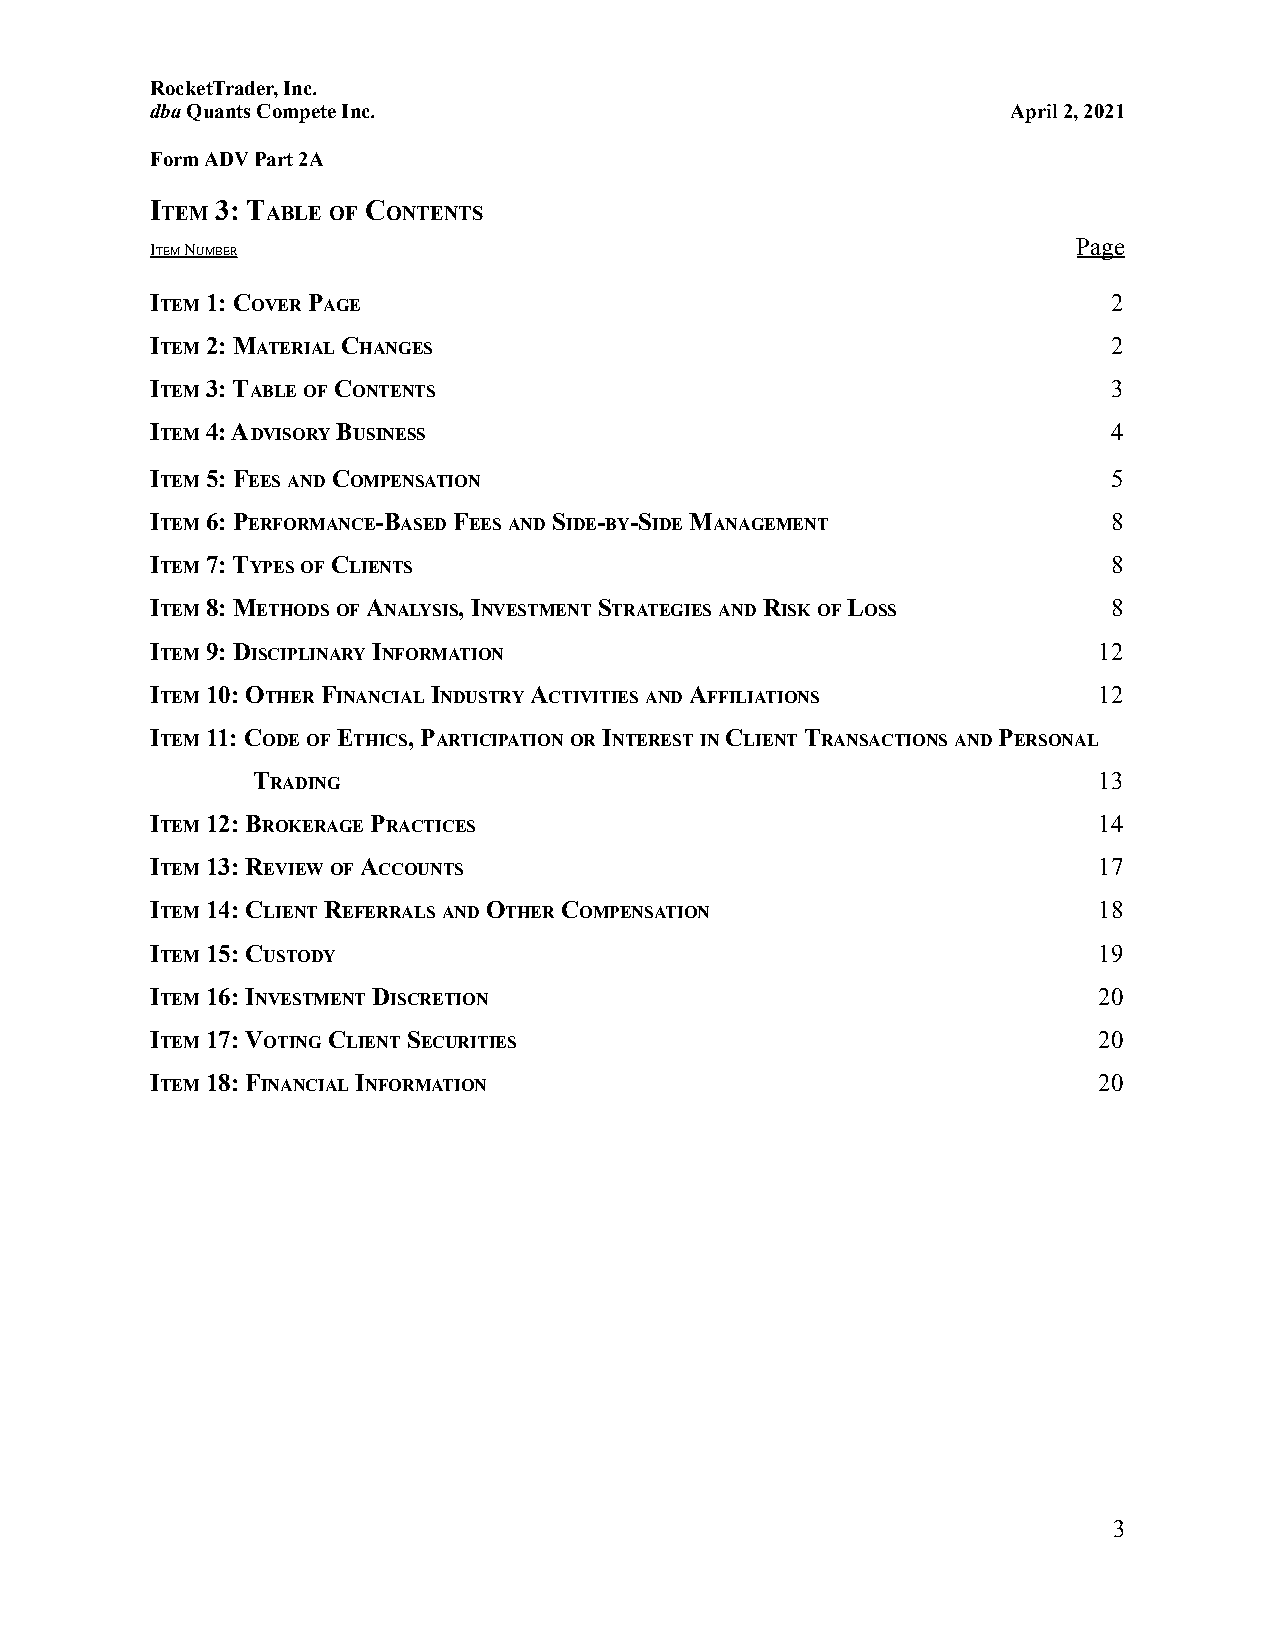
RocketTrader, Inc.
 dbaQuants Compete Inc.                                   April 2, 2021
 Form ADV Part 2A
 I   3: T      C
 TEM    ABLE OF ONTENTS
 Page
 ITEMNUMBER
 ITEM1: COVERPAGE                                                2
 ITEM2: MATERIALCHANGES                                          2
 ITEM3: TABLEOFCONTENTS                                          3
 ITEM4: ADVISORYBUSINESS                                         4
 ITEM5: FEESANDCOMPENSATION                                      5
 ITEM6: PERFORMANCE-BASEDFEESANDSIDE-BY-SIDEMANAGEMENT           8
 ITEM7: TYPESOFCLIENTS                                           8
 ITEM8: METHODSOFANALYSIS, INVESTMENTSTRATEGIESANDRISKOFLOSS     8
 ITEM9: DISCIPLINARYINFORMATION                                 12
 ITEM10: OTHERFINANCIALINDUSTRYACTIVITIESANDAFFILIATIONS        12
 ITEM11: CODEOFETHICS, PARTICIPATIONORINTERESTINCLIENTTRANSACTIONSANDPERSONAL
 TRADING                                                 13
 ITEM12: BROKERAGEPRACTICES                                     14
 ITEM13: REVIEWOFACCOUNTS                                       17
 ITEM14: CLIENTREFERRALSANDOTHERCOMPENSATION                    18
 ITEM15: CUSTODY                                                19
 ITEM16: INVESTMENTDISCRETION                                   20
 ITEM17: VOTINGCLIENTSECURITIES                                 20
 ITEM18: FINANCIALINFORMATION                                   20
 3